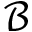
\mathcal { B }